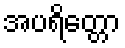
အပရိတ္တော